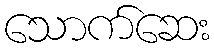
သောက်ဆေး